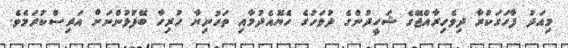
މިއަދު ފާހަގަކުރާ ދިވެހިރާއްޖޭގެ ޝަހީދުންގެ ދުވަހުގެ ހެޔޮއެދުމާއި ތަހުނިޔާ ހުރިހާ ބޭފުޅުންނަށް އަރިސްކުރަމެވެ.